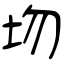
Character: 圽